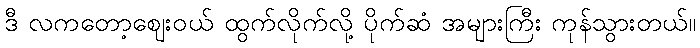
ဒီ လကတော့ဈေးဝယ် ထွက်လိုက်လို့ ပိုက်ဆံ အများကြီး ကုန်သွားတယ်။